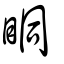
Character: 眮